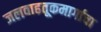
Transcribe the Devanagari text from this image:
जलवाहतूकमार्गाचा